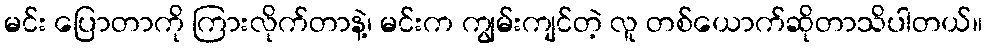
မင်း ပြောတာကို ကြားလိုက်တာနဲ့၊ မင်းက ကျွမ်းကျင်တဲ့ လူ တစ်ယောက်ဆိုတာသိပါတယ်။